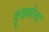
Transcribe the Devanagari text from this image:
कुझ्कोचा